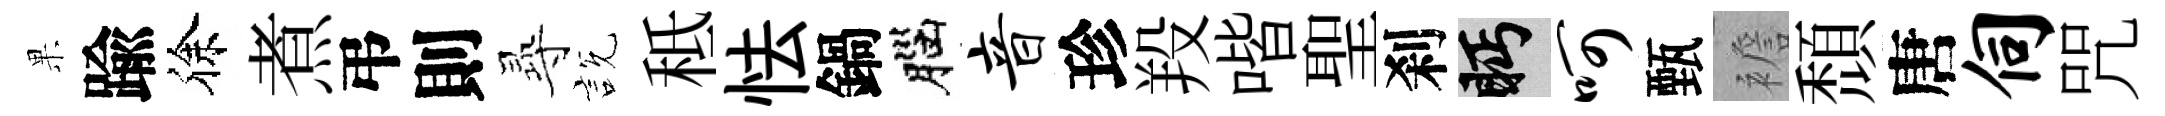
果踰徐煮弔則𡬶説秪怯鍋腦音珍羖喈聖刹眄呵甄襜頹唐伺咒